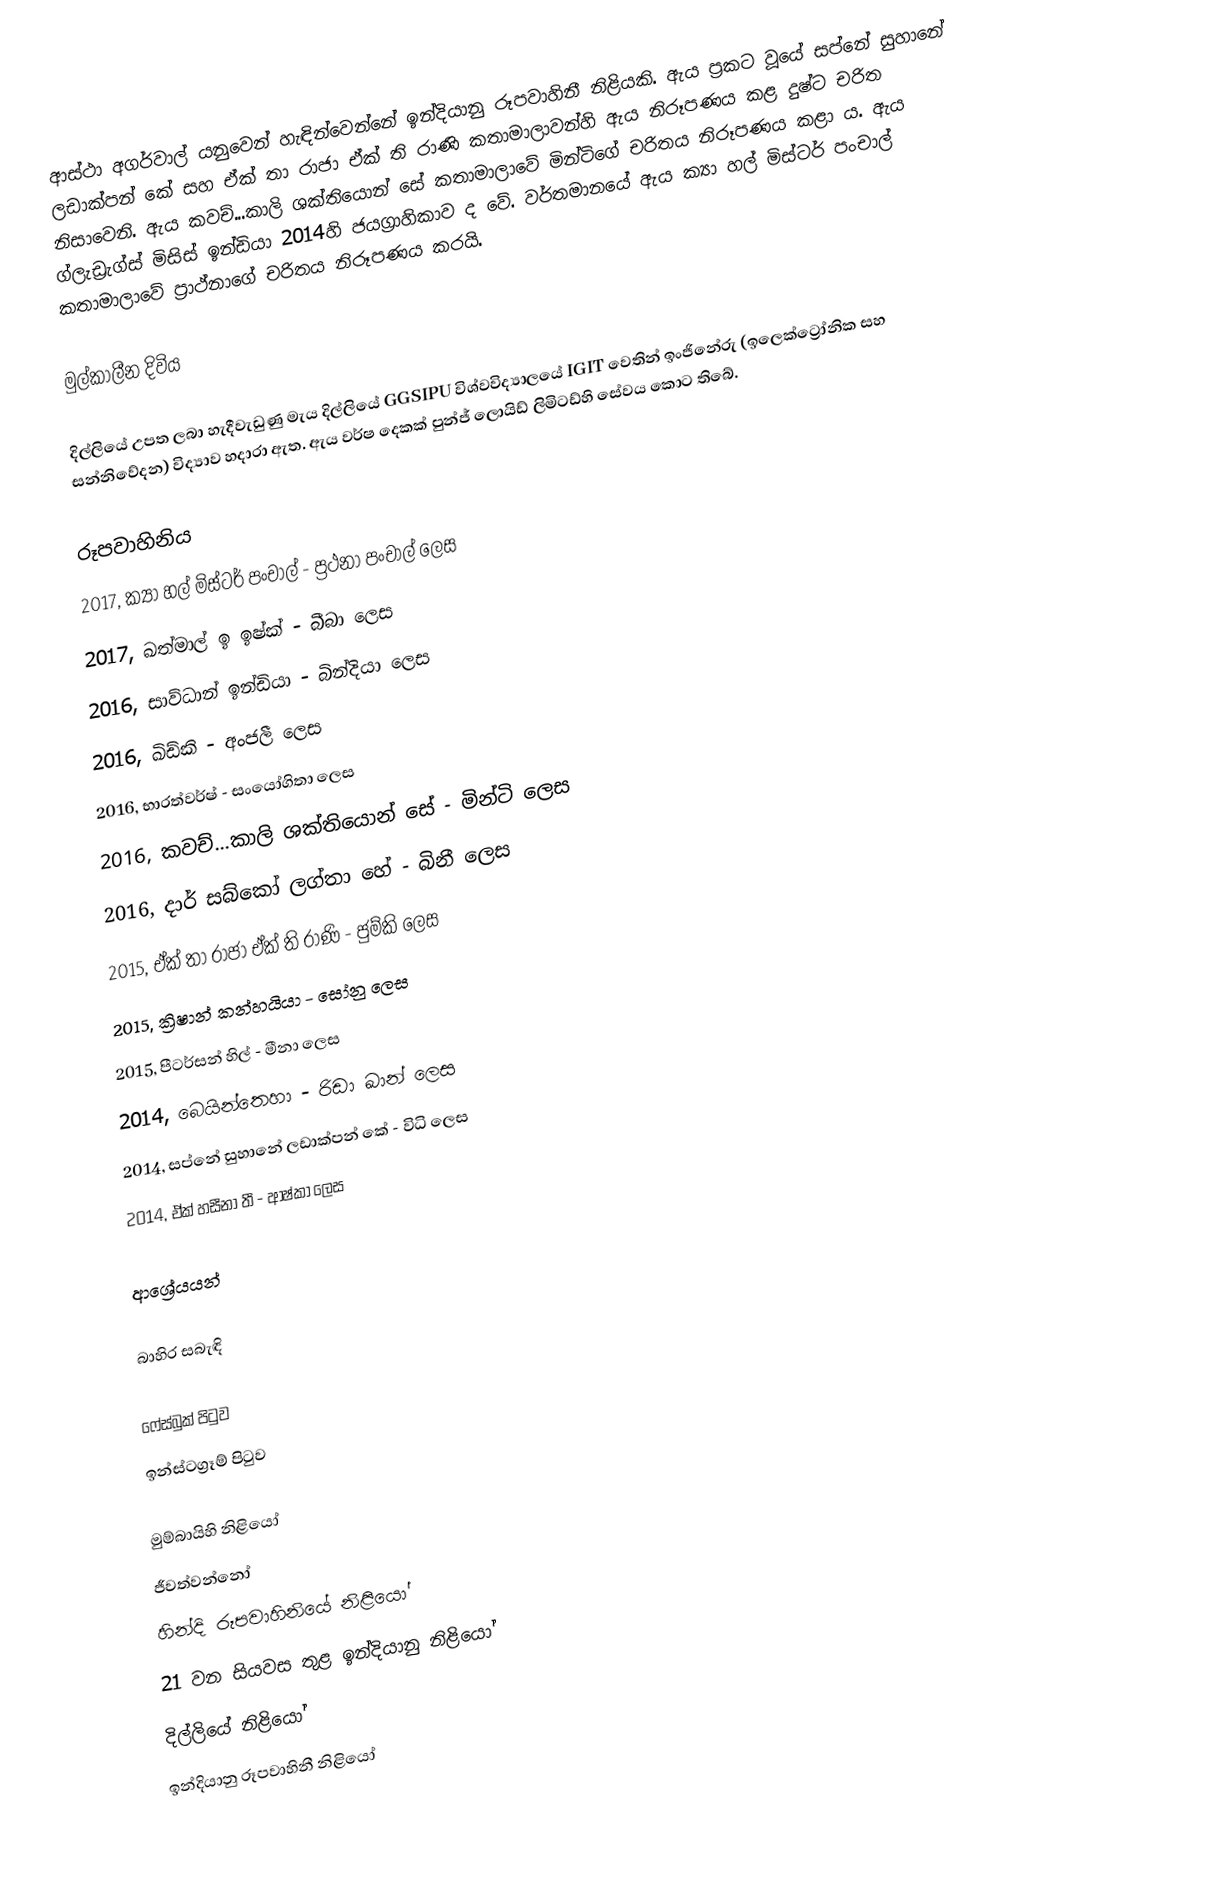
ආස්ථා අගර්වාල් යනුවෙන් හැඳින්වෙන්නේ ඉන්දියානු රූපවාහිනී නිළියකි. ඇය ප්‍රකට වූයේ සප්නේ සුහානේ ලඩාක්පන් කේ සහ ඒක් තා රාජා ඒක් ති රාණි කතාමාලාවන්හි ඇය නිරූපණය කළ දුෂ්ට චරිත නිසාවෙනි. ඇය කවච්...කාලි ශක්තියොන් සේ කතාමාලාවේ මින්ටිගේ චරිතය නිරූපණය කළා ය. ඇය ග්ලැඩ්‍රැග්ස් මිසිස් ඉන්ඩියා 2014හි ජයග්‍රාහිකාව ද වේ. වර්තමානයේ ඇය ක්‍යා හල් මිස්ටර් පංචාල් කතාමාලාවේ ප්‍රාථ්නාගේ චරිතය නිරූපණය කරයි.

මුල්කාලීන දිවිය

දිල්ලියේ උපත ලබා හැදීවැඩුණු මැය දිල්ලියේ GGSIPU විශ්වවිද්‍යාලයේ IGIT වෙතින් ඉංජිනේරු (ඉලෙක්ට්‍රෝනික සහ සන්නිවේදන) විද්‍යාව හදාරා ඇත. ඇය වර්ෂ දෙකක් පුන්ජ් ලොයිඩ් ලිමිටඩ්හි සේවය කොට තිබේ.

රූපවාහිනිය
 2017, ක්‍යා හල් මිස්ටර් පංචාල් - ප්‍රථනා පංචාල් ලෙස
 2017, ඛත්මාල් ඉ ඉෂ්ක් - බීබා ලෙස
 2016, සාව්ධාන් ඉන්ඩියා - බින්දියා ලෙස
 2016, ඛිඩ්කි - අංජලී ලෙස
 2016, භාරත්වර්ෂ් - සංයෝගිතා ලෙස
 2016, කවච්...කාලි ශක්තියොන් සේ - මින්ටි ලෙස
 2016, දාර් සබ්කෝ ලග්තා හේ - බිනී ලෙස
 2015, ඒක් තා රාජා ඒක් ති රාණි - ජුම්කි ලෙස
 2015, ක්‍රිෂාන් කන්හයියා - සෝනු ලෙස
 2015, පීටර්සන් හිල් - මීනා ලෙස
 2014, බෙයින්තෙහා - රිඩා ඛාන් ලෙස
 2014, සප්නේ සුහානේ ලඩාක්පන් කේ - විධි ලෙස
 2014, ඒක් හසීනා තී - ආෂ්කා ලෙස

ආශ්‍රේයයන්

බාහිර සබැඳි

 ෆේස්බුක් පිටුව
 ඉන්ස්ටග්‍රෑම් පිටුව

මුම්බායිහි නිළියෝ
ජීවත්වන්නෝ
හින්දි රූපවාහිනියේ නිළියෝ
21 වන සියවස තුළ ඉන්දියානු නිළියෝ
දිල්ලියේ නිළියෝ
ඉන්දියානු රූපවාහිනී නිළියෝ